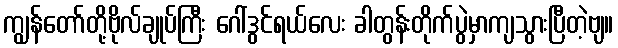
ကျွန်တော်တို့ဗိုလ်ချုပ်ကြီး ဂေါ်ဒွင်ရယ်လေး ခါတွန်းတိုက်ပွဲမှာကျသွားပြီတဲ့ဗျ။